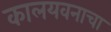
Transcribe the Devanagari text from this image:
कालयवनाचा